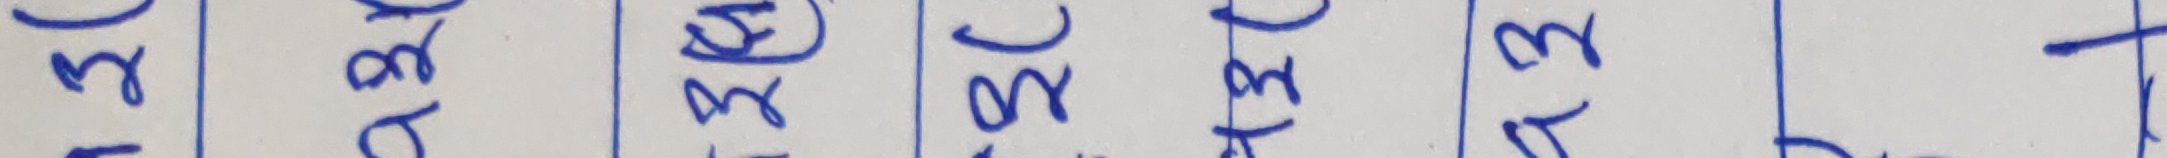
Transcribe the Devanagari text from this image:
९४९८८३८१